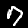
Label: 7